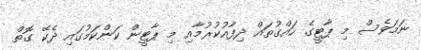
ނަމަވެސް މި ޕާޓީގެ ހައްގުތައް ދިފާއުކުރުމާއި މި ޕާޓީން ކަންކަމުގައި ދެކޭ ގޮތް